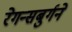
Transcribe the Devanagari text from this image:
रेगन्सबुर्गने